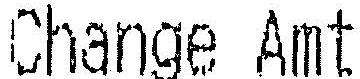
CHANGE AMT